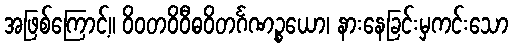
အဖြစ်ကြောင့်။ ဝိဝတဝိဝီဓဝိတင်္ဂဏဉ္စယော၊ နားနေခြင်းမှကင်းသော